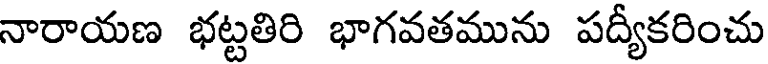
నారాయణ భట్టతిరి భాగవతమును పద్యీకరించు